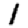
Digit: 1